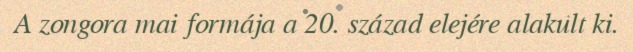
A zongora mai formája a 20. század elejére alakult ki.